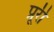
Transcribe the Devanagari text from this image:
प्रूरी